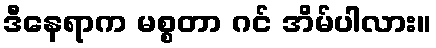
ဒီနေရာက မစ္စတာ ဂင် အိမ်ပါလား။